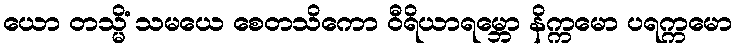
ယော တသ္မိံ သမယေ စေတသိကော ဝီရိယာရမ္ဘော နိက္ကမော ပရက္ကမော